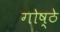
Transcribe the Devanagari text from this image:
गोष्ठे